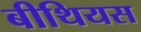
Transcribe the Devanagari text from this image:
बीथियस